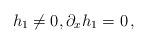
LaTeX: \begin{align*}h_1\neq 0,\partial_x h_1 =0 \, ,\end{align*}